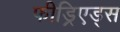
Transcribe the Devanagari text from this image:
फीड्रिएड्स